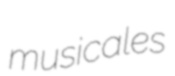
musicales